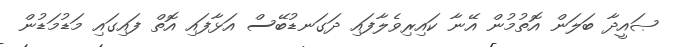
ޞައީދާ ބަލަން އޮތުމުން އޭނާ ކައިރިވެލާފައި ދަގަނޑުބޭސް އަޅާފައި އޮތް ފައިގައި މަޑުމަޑުން